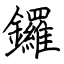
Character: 鑼